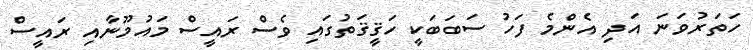
ހަތަރުވަނަ އަދި އެންމެ ފަހު ސަބަބަކީ ހަޤީޤަތުގައި ވެސް ރައީސް މައުމޫނާއި ރައީސް